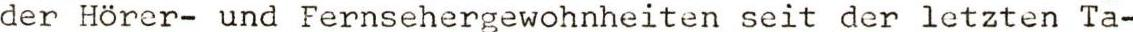
der Hörer- und Fernsehergewohnheiten seit der letzten Ta-